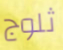
ثلوج